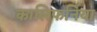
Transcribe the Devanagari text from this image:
कालिफर्निया